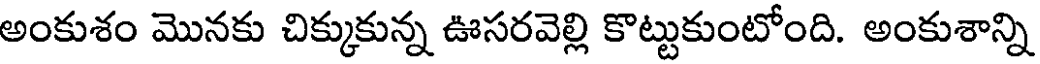
అంకుశం మొనకు చిక్కుకున్న ఊసరవెల్లి కొట్టుకుంటోంది. అంకుశాన్ని